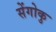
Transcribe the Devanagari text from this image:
सेंगोकु